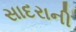
સાદરાની